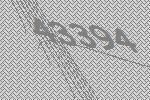
43394